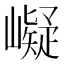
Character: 㠜